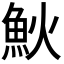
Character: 𩵰